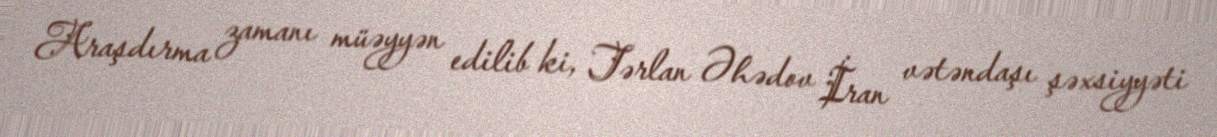
Araşdırma zamanı müəyyən edilib ki, Tərlan Əhədov İran vətəndaşı şəxsiyyəti